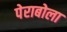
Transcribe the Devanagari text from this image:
पेराबोला